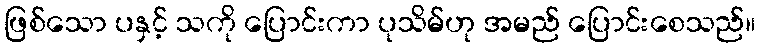
ဖြစ်သော ပနှင့် သကို ပြောင်းကာ ပုသိမ်ဟု အမည် ပြောင်းစေသည်။